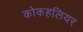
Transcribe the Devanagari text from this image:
कोकहलियर